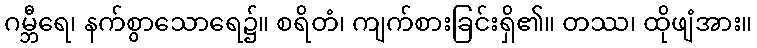
ဂမ္ဘီရေ၊ နက်စွာသောရေ၌။ စရိတံ၊ ကျက်စားခြင်းရှိ၏။ တဿ၊ ထိုဖျံအား။